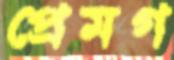
প্রেমগ